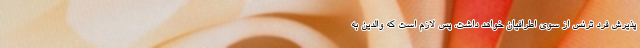
پذیرش فرد ترنس از سوی اطرافیان خواهد داشت، پس لازم است که والدین به